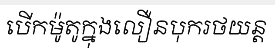
បើកម៉ូតូក្នុងលឿនបុករថយន្ត